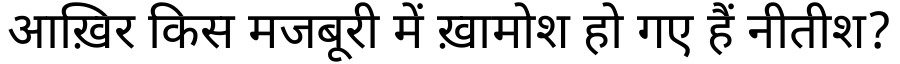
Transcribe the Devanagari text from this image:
आख़िर किस मजबूरी में ख़ामोश हो गए हैं नीतीश?